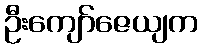
ဦးကျော်ဇေယျက